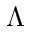
\Lambda